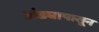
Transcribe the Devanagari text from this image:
अंड्यापासून